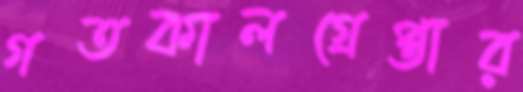
গতকালগ্রেপ্তার